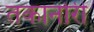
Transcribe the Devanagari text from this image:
तकानोरी